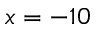
x = - 1 0